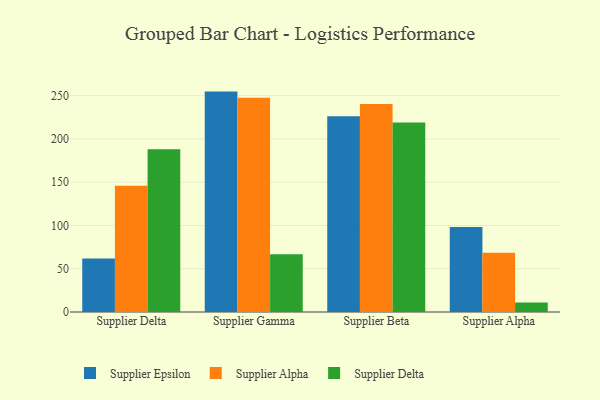
{"axis": {"x": "Supplier", "y": "Population (Million)"}, "legend": ["Supplier Alpha", "Supplier Delta", "Supplier Epsilon"], "data": [{"x": "Supplier Delta", "y": 61.8, "type": "Supplier Epsilon"}, {"x": "Supplier Delta", "y": 145.9, "type": "Supplier Alpha"}, {"x": "Supplier Delta", "y": 188.0, "type": "Supplier Delta"}, {"x": "Supplier Gamma", "y": 254.7, "type": "Supplier Epsilon"}, {"x": "Supplier Gamma", "y": 247.5, "type": "Supplier Alpha"}, {"x": "Supplier Gamma", "y": 66.8, "type": "Supplier Delta"}, {"x": "Supplier Beta", "y": 226.2, "type": "Supplier Epsilon"}, {"x": "Supplier Beta", "y": 240.3, "type": "Supplier Alpha"}, {"x": "Supplier Beta", "y": 219.1, "type": "Supplier Delta"}, {"x": "Supplier Alpha", "y": 98.1, "type": "Supplier Epsilon"}, {"x": "Supplier Alpha", "y": 68.6, "type": "Supplier Alpha"}, {"x": "Supplier Alpha", "y": 10.9, "type": "Supplier Delta"}]}